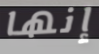
إنها